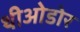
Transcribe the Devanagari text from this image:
थीओडोर